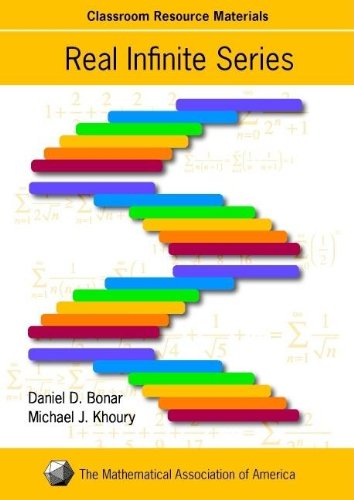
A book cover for Real Infinite Series (Classroom Resource Material) (Mathematical Association of America Textbooks); Daniel D. Bonar; Science & Math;